Civil Veterinary Department Bengal reports 1923-33 - 1923-1933
Year: 1923
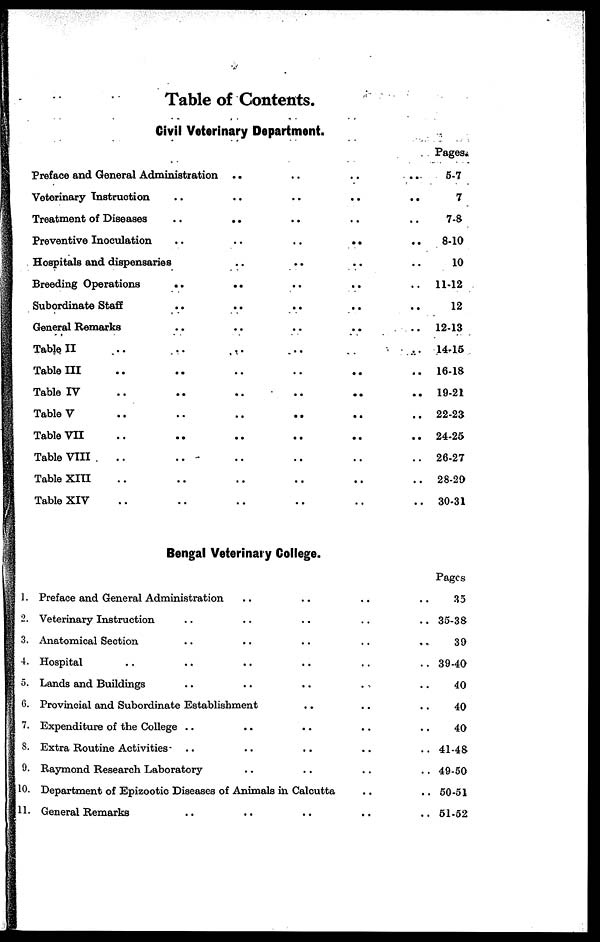
Table of Contents.
Civil Veterinary Department.
Preface and General Administration .. .. .. ..
Veterinary Instruction .. .. .. .. ..
Treatment of Diseases .. .. .. .. ..
Preventive Inoculation .. .. .. .. ..
Hospitals and dispensaries .. .. .. ..
Breeding Operations .. .. .. .. ..
Subordinate Staff .. .. .. .. ..
General Remarks .. .. .. .. ..
Table II .. .. .. .. ..
Table III .. .. .. .. .. ..
Table IV .. .. .. .. .. ..
Table V .. .. .. .. .. ..
Table VII .. .. .. .. .. ..
Table VIII .. .. .. .. .. ..
Table XIII .. .. .. .. .. ..
Table XIV .. .. .. .. .. ..
Pages.
5-7
7
7-8
8-10
10
11-12
12
12-13
14-15
16-18
19-21
22-23
24-25
26-27
28-20
30-31
Bengal Veterinary College.
1.
2
3.
4.
5.
6.
7.
8.
9.
10.
11.
Preface and General Administration .. .. .. ..
Veterinary Instruction .. .. .. .. ..
Anatomical Section .. .. .. .. ..
Hospital .. .. .. .. .. ..
Lands and Buildings .. .. .. .. ..
Provincial and Subordinate Establishment .. .. ..
Expenditure of the College .. .. .. .. ..
Extra Routine Activities .. .. .. .. ..
Raymond Research Laboratory .. .. .. ..
Department of Epizootic Diseases of Animals in Calcutta .. ..
General Remarks .. .. .. .. ..
Pages
35
35-38
39
39-40
40
40
40
41-48
49-50
50-51
51-52